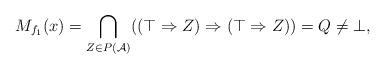
LaTeX: \begin{align*} M_{f_1}(x) = \bigcap_{Z\in P(\mathcal A)}((\top \Rightarrow Z) \Rightarrow (\top \Rightarrow Z)) = Q \neq \bot,\end{align*}